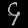
Digit: ၄